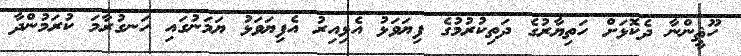
ހޫޘީންނާ ދެކޮޅަށް ހަތިޔާރުގެ ދަތިކުރުމުގެ ފިޔަވަޅު އެޅިއިރު އެފިޔަވަޅު ޔަމަނުގައި ހަނގުރާމަ ކުރަމުންދާ